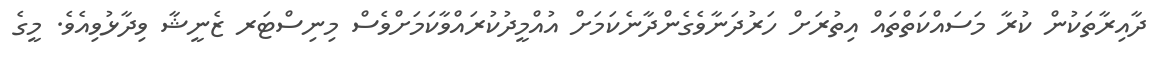
ދާއިރާތަކުން ކުރާ މަސައްކަތްތައް އިތުރަށް ހަރުދަނާވެގެންދާނެކަމަށް އުއްމީދުކުރައްވާކަމަށްވެސް މިނިސްޓަރ ޒެނީޝާ ވިދާޅުވިއެވެ. މީގެ